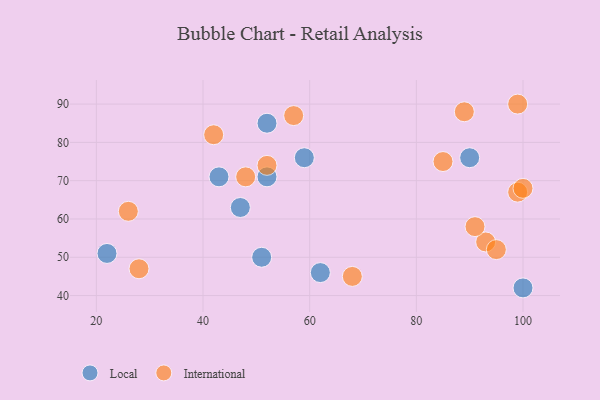
{"axis": {"x": "GDP", "y": "Life Expectancy"}, "legend": ["International", "Local"], "data": [{"x": "100", "y": 42, "type": "Local"}, {"x": "62", "y": 46, "type": "Local"}, {"x": "59", "y": 76, "type": "Local"}, {"x": "43", "y": 71, "type": "Local"}, {"x": "47", "y": 63, "type": "Local"}, {"x": "90", "y": 76, "type": "Local"}, {"x": "52", "y": 85, "type": "Local"}, {"x": "22", "y": 51, "type": "Local"}, {"x": "51", "y": 50, "type": "Local"}, {"x": "52", "y": 71, "type": "Local"}, {"x": "99", "y": 90, "type": "International"}, {"x": "99", "y": 67, "type": "International"}, {"x": "42", "y": 82, "type": "International"}, {"x": "85", "y": 75, "type": "International"}, {"x": "93", "y": 54, "type": "International"}, {"x": "68", "y": 45, "type": "International"}, {"x": "95", "y": 52, "type": "International"}, {"x": "91", "y": 58, "type": "International"}, {"x": "48", "y": 71, "type": "International"}, {"x": "89", "y": 88, "type": "International"}, {"x": "28", "y": 47, "type": "International"}, {"x": "100", "y": 68, "type": "International"}, {"x": "52", "y": 74, "type": "International"}, {"x": "57", "y": 87, "type": "International"}, {"x": "26", "y": 62, "type": "International"}]}